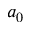
a _ { 0 }